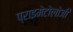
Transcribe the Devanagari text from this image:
प्राइमेटोलोजी